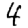
Digit: 4